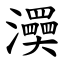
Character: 㶔